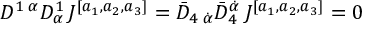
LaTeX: D ^ { 1 \; \alpha } D _ { \alpha } ^ { 1 } \, J ^ { [ a _ { 1 } , a _ { 2 } , a _ { 3 } ] } = \bar { D } _ { 4 \; \dot { \alpha } } \bar { D } _ { 4 } ^ { \dot { \alpha } } \, J ^ { [ a _ { 1 } , a _ { 2 } , a _ { 3 } ] } = 0